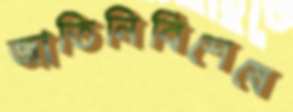
জাতিনির্বিশেষে